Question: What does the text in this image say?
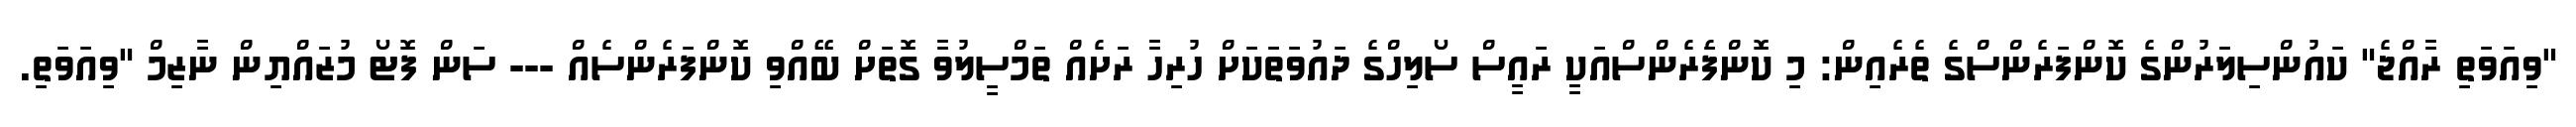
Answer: "ވިއަވަތި ރާއްޖެ" ކައުންސިލަރުންގެ ކޮންފަރެންސްގެ ތެރެއިން: މި ކޮންފެަރެންސްއަކީ ރައީސް ސޯލިހްގެ ދައުވަތަކަށް ހުރިހާ ރަށެއް ތަމްސީލުވާ ގޮތަށް ބޭއްވި ކޮންފަރެންސެއް --- ސަން ފޮޓޯ މުޒައްޔިން ނާޒިމް "ވިއަވަތި.